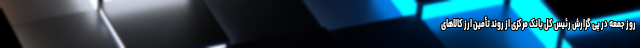
روز جمعه در پی گزارش رئیس کل بانک مرکزی از روند تأمین ارز کالاهای